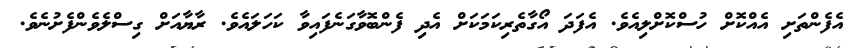
އެފެންތަށި އެއްކޮށް ހުސްކޮށްލިއެވެ. އެފަދަ އޯގާތެރިކަމަކަށް އެދި ފެންބޮވާގަނެފައިވާ ކަހަލައެވެ. ރާޔާއަށް ގިސްލެވެންފެށުނެވެ.